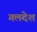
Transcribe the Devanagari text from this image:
गलदेश